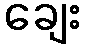
ချေး